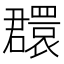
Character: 𦌺